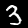
Label: 3